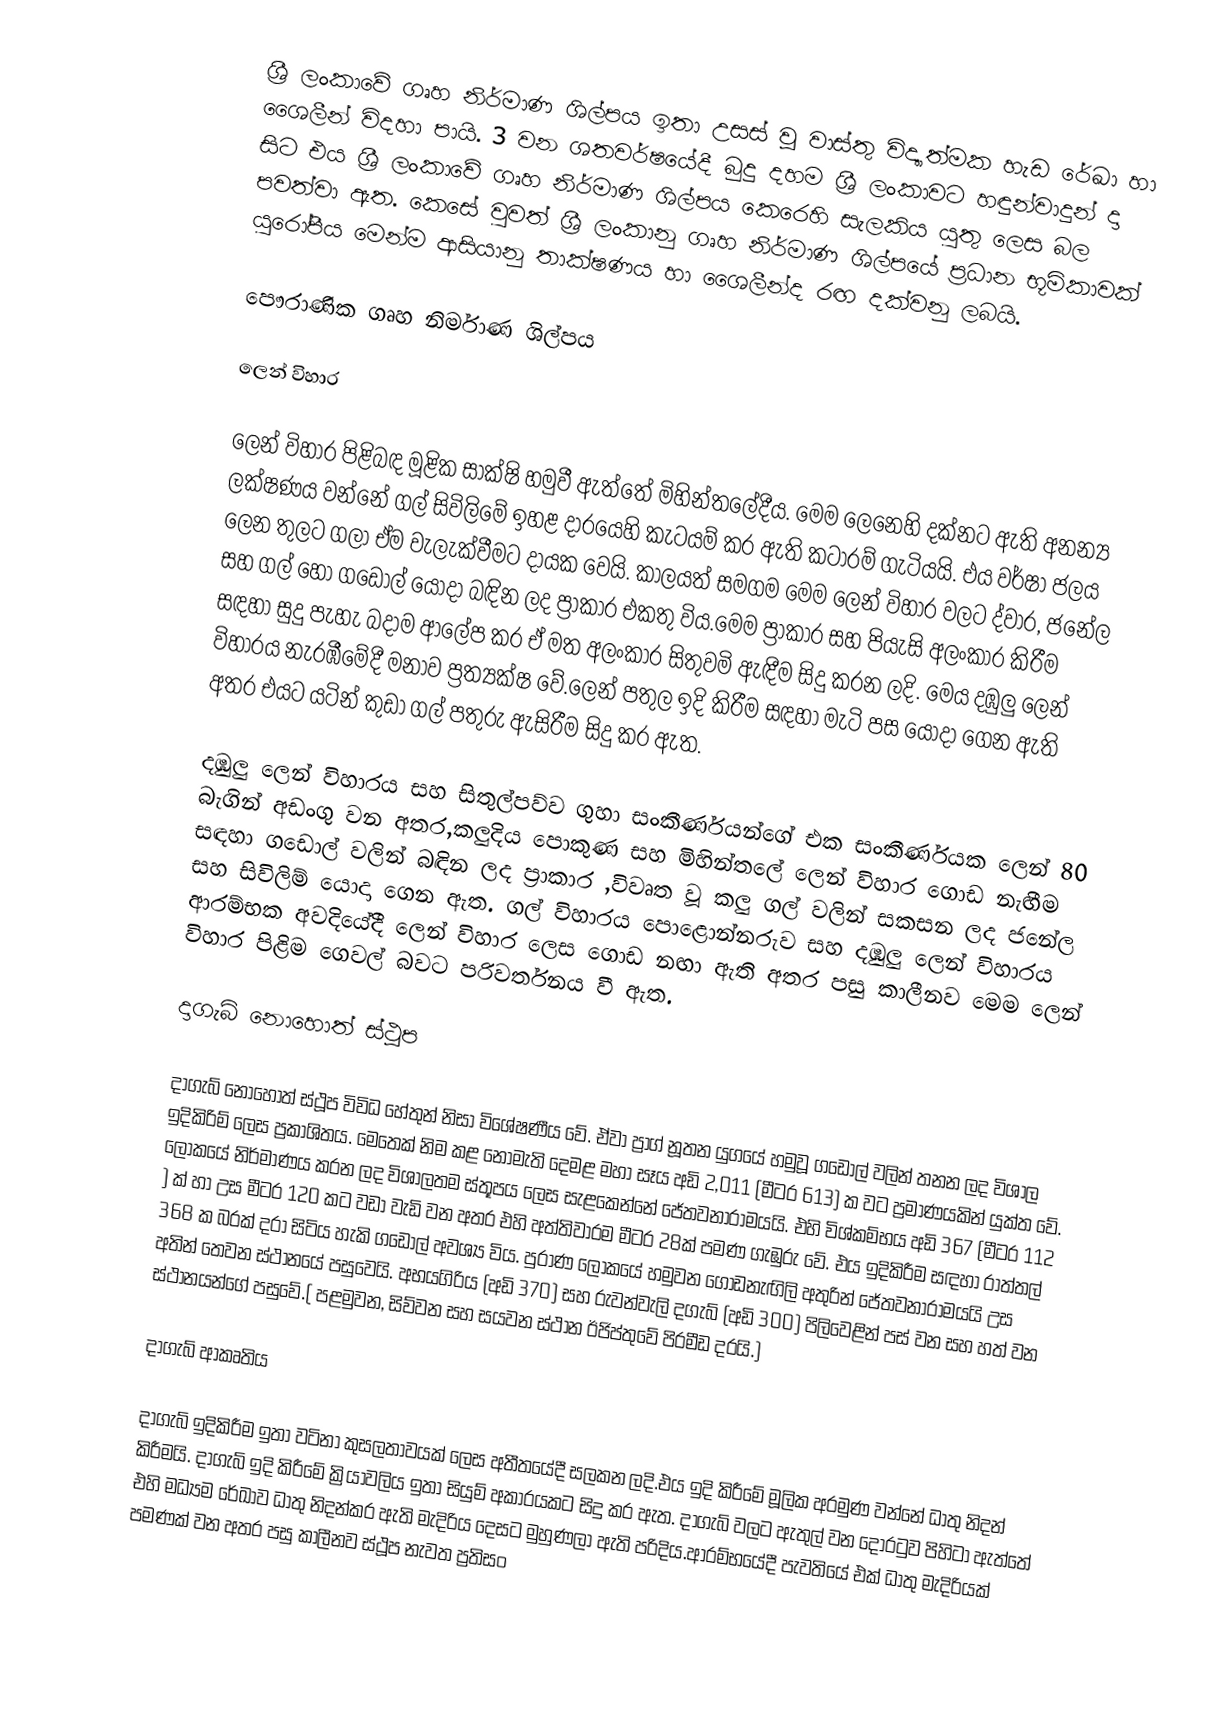
ශ්‍රී ලංකාවේ ගෘහ නිර්මාණ ශිල්පය ඉතා උසස් වූ වාස්තු විද්‍යාත්මක හැඩ රේඛා හා ශෛලීන් විදහා පායි. 3 වන ශතවර්ෂයේදී බුදු දහම ශ්‍රී ලංකාවට හඳුන්වාදුන් දා සිට එය ශ්‍රී ලංකාවේ ගෘහ නිර්මාණ ශිල්පය කෙරෙහි සැලකිය යුතු ලෙස බල පවත්වා ඇත. කෙසේ වුවත් ශ්‍රී ලංකානු ගෘහ නිර්මාණ ශිල්පයේ ප්‍රධාන භූමිකාවක් යුරෝපීය මෙන්ම ආසියානු තාක්ෂණය හා ශෛලීන්ද රඟ දක්වනු ලබයි.

පෞරාණික ගෘහ නිර්මාණ ශිල්පය

ලෙන් විහාර

ලෙන් විහාර පිළිබඳ මූළික සාක්ෂි හමුවී ඇත්තේ මිහින්තලේදීය. මෙම ලෙනෙහි දක්නට ඇති අනන්‍ය ලක්ෂණය වන්නේ ගල් සිවිලිමේ ඉහළ දාරයෙහි කැටයම් කර ඇති කටාරම් ගැටියයි. එය වර්ෂා ජලය ලෙන තුලට ගලා ඒම වැලැක්වීමට දායක වෙයි. කාලයත් සමගම මෙම ලෙන් විහාර වලට ද්වාර, ජනේල සහ ගල් හෝ ගඩොල් යොදා බඳින ලද ප්‍රාකාර එකතු විය.මෙම ප්‍රාකාර සහ පියැසි අලංකාර කිරීම සඳහා සුදු පැහැ බදාම ආලේප කර ඒ මත අලංකාර සිතුවමි ඇඳීම සිදු කරන ලදි. මෙය දඹුලු ලෙන් විහාරය නැරඹීමේදී මනාව ප්‍රත්‍යක්ෂ වේ.ලෙන් පතුල ඉදි කිරීම සඳහා මැටි පස යොදා ගෙන ඇති අතර එයට යටින් කුඩා ගල් පතුරු ඇසිරීම සිදු කර ඇත.

දඹුලු ලෙන් විහාරය  සහ සිතුල්පව්ව ගුහා සංකීර්ණයන්ගේ එක සංකීර්ණයක ලෙන් 80 බැගින් අඩංගු වන අතර,කලුදිය පොකුණ සහ මිහින්තලේ ලෙන් විහාර ගොඩ නැඟීම සඳහා ගඩොල් වලින් බඳින ලද ප්‍රාකාර ,විවෘත වූ කලු ගල් වලින් සකසන ලද ජනේල  සහ සිවිලිම් යොදා ගෙන ඇත. ගල් විහාරය පොළොන්නරුව සහ දඹුලු ලෙන් විහාරය ආරම්භක අවදියේදී ලෙන් විහාර ලෙස ගොඩ නඟා ඇති අතර පසු කාලීනව මෙම ලෙන් විහාර පිළිම ගෙවල් බවට පරිවර්තනය වී ඇත.

දාගැබ් නොහොත් ස්ථූප

දාගැබ් නොහොත් ස්ථූප විවිධ හේතුන් නිසා විශේෂණීය වේ. ඒවා ප්‍රාග් නූතන යුගයේ හමුවූ  ගඩොල් වලින් තනන ලද විශාල ඉදිකිරිම් ලෙස ප්‍රකාශිතය. මෙතෙක් නිම කළ නොමැති දෙමළ මහා සෑය අඩි 2,011 (මීටර 613) ක වට ප්‍රමාණයකින් යුක්ත වේ. ලෝකයේ නිර්මාණය කරන ලද විශාලතම ස්තූපය ලෙස සැළකෙන්නේ  ජේතවනාරාමයයි. එහි විශ්කම්භය අඩි 367 (මීටර 112 ) ක් හා උස මීටර 120 කට වඩා වැඩි වන අතර එහි අත්තිවාරම මීටර 28ක් පමණ ගැඹුරු වේ. එය ඉදිකිරීම සඳහා රාත්තල් 368 ක බරක් දරා සිටිය හැකි ගඩොල් අවශ්‍ය විය. පුරාණ ලෝකයේ හමුවන ගොඩනැඟිලි අතුරින් ජේතවනාරාමයයි උස අතින් තෙවන ස්ථානයේ පසුවෙයි. අභයගිරිය (අඩි 370) සහ රුවන්වැලි දගැබ් (අඩි 300) පිලිවෙළින් පස් වන සහ හත් වන ස්ථානයන්ගේ පසුවේ.( පළමුවන, සිව්වන සහ සයවන ස්ථාන ඊජිප්තුවේ පිරමීඩ දරයි.)

දාගැබ් ආකෘතිය

දාගැබ් ඉදිකිරීම  ඉතා වටිනා කුසලතාවයක් ලෙස අතීතයේදී සලකන ලදි.එය ඉදි කිරීමේ මූලික අරමුණ වන්නේ ධාතු නිදන් කිරීමයි. දාගැබ් ඉදි කිරීමේ ක්‍රියාවලිය ඉතා සියුම් අකාරයකට සිදු කර ඇත. දාගැබ් වලට ඇතුල් වන දොරටුව පිහිටා ඇත්තේ එහි මධ්‍යම රේඛාව ධාතු නිදන්කර ඇති මැදිරිය දෙසට මුහුණලා ඇති පරිදිය.ආරම්භයේදී පැවතියේ එක් ධාතු මැදිරියක් පමණක් වන අතර පසු කාලීනව ස්ථූප නැවත ප්‍රතිසං